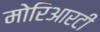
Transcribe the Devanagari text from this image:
मोरिआरटी